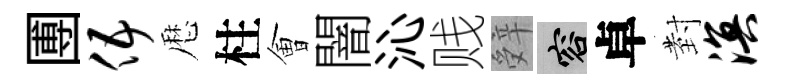
圑伍厯柱㑹闇沁贱辤容卓𭔹溟